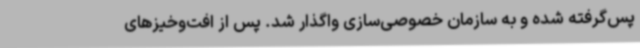
پس‌گرفته شده و به سازمان خصوصی‌سازی واگذار شد. پس از افت‌وخیزهای